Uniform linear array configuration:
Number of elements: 16
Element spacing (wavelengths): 1
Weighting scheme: cosine
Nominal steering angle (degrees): -60
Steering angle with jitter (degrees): -59.306
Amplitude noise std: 0.05
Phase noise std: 0.05

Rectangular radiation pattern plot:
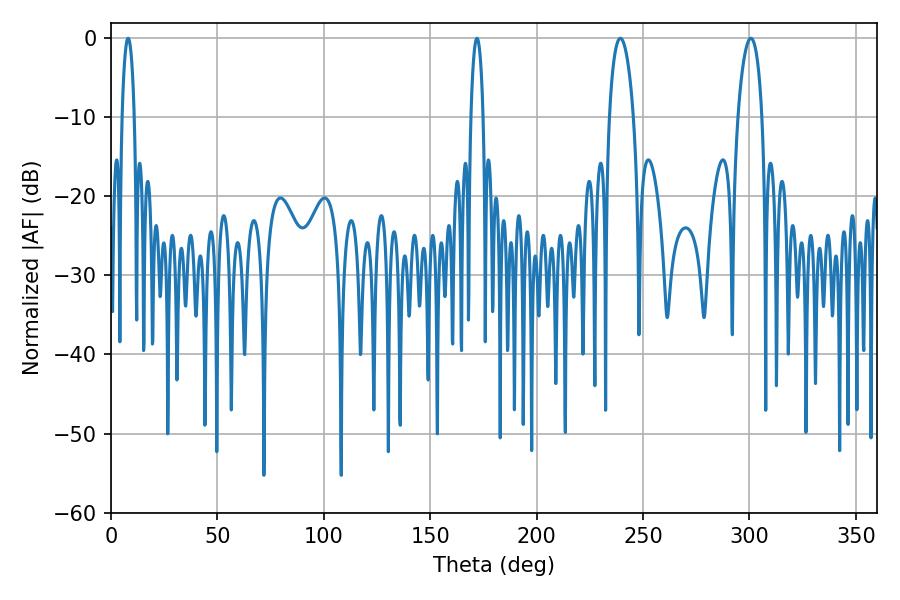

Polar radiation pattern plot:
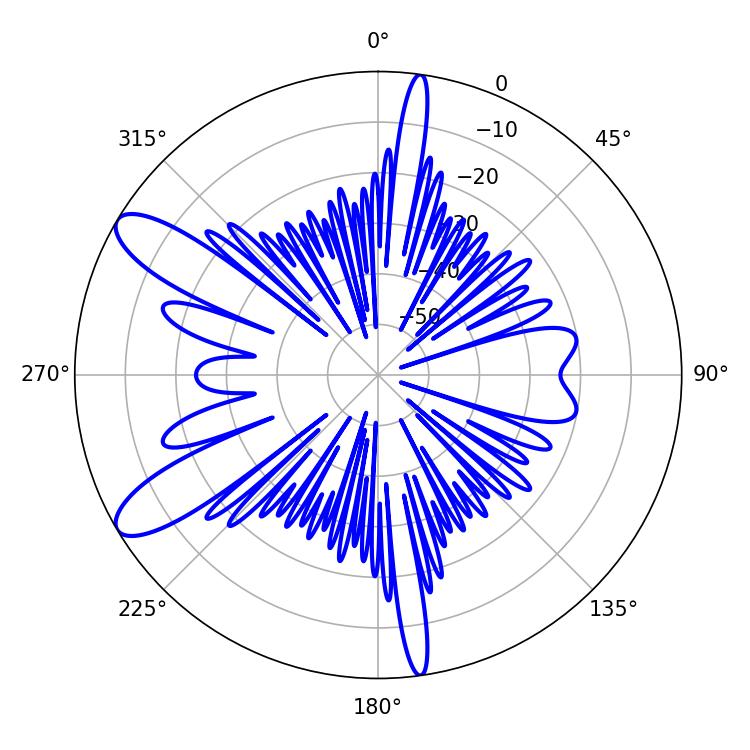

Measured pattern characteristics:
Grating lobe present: TRUE
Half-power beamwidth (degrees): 6.3
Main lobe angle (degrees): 239.4